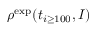
\rho ^ { \mathrm { e x p } } ( t _ { i \geq 1 0 0 } , I )